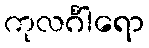
ကုလင်္ဂါရော